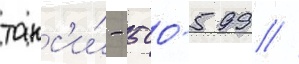
такс'и́ - 500-599 //